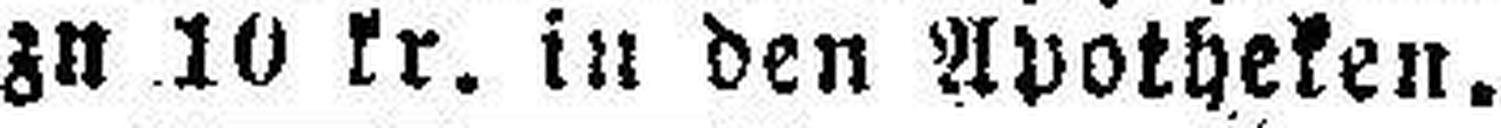
zu 10 kr. tu den Apotheken.